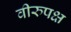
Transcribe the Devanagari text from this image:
वीरुपक्ष